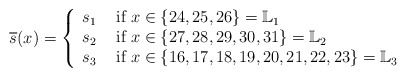
\begin{align*}\overline{s}(x)=\left\{\begin{array}{cl} s_1 & \mbox{ if } x\in\{24, 25, 26\} =\mathbb L_1 \\ s_2 & \mbox{ if } x \in \{27, 28, 29, 30, 31\}=\mathbb L_2\\ s_3 & \mbox{ if } x\in\{16, 17, 18, 19, 20, 21, 22, 23\}=\mathbb L_3\\\end{array}\right. \end{align*}